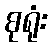
စုရုံး